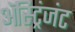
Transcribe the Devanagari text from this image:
ॲस्ट्रिंजंट